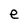
Character: e